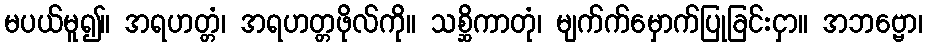
မပယ်မူ၍။ အရဟတ္တံ၊ အရဟတ္တဖိုလ်ကို။ သစ္ဆိကာတုံ၊ မျက်က်မှောက်ပြုခြင်းငှာ။ အဘဗ္ဗော၊